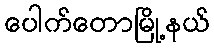
ပေါက်တောမြို့နယ်